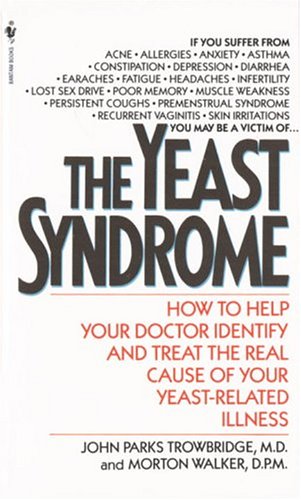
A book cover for The Yeast Syndrome: How to Help Your Doctor Identify & Treat the Real Cause of Your Yeast-Related  Illness; John P. Trowbridge; Health, Fitness & Dieting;